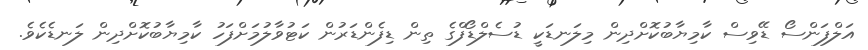
އަލްފަންސޯ ޑޭވިސް ކާމިޔާބުކޮށްދިން މިލަނޑަކީ ޑުސެލްޑޯފްގެ ތިން ޑިފެންޑަރުން ކަޓުވާލުމަށްފަހު ކާމިޔާބުކޮށްދިން ލަނޑެކެވެ.